King Institute of Preventive Medicine Micro-Biological Section reports 1909-11
Year: 1909
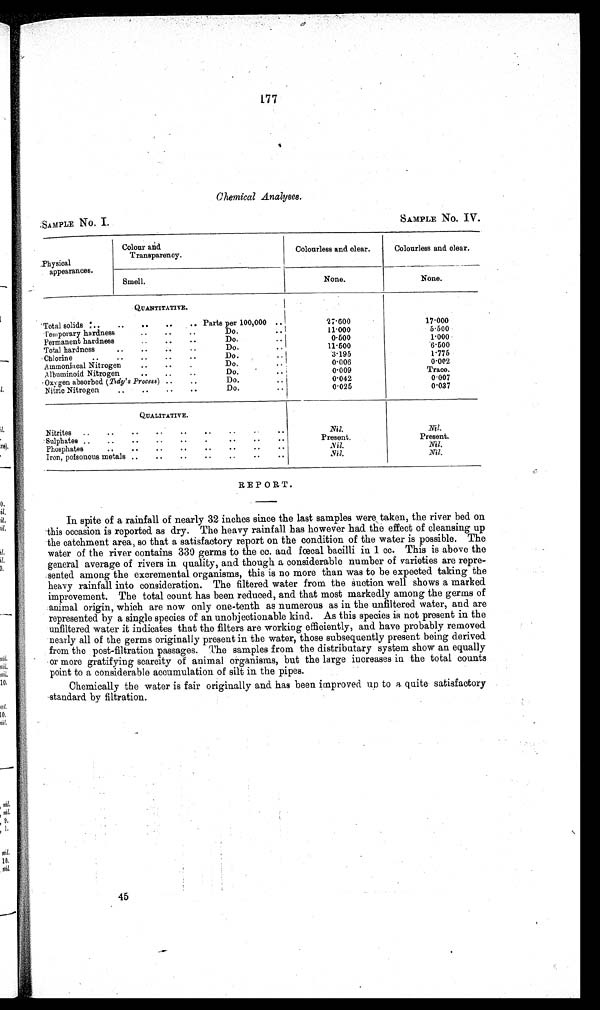
177
Chemical Analyses.
,SAMPLE NO. I.
SAMPLE NO. IV
Physical
a pp earances.
Colour and
Transparency.
Colourless and clear.
Colourless and clear.
Smell.
None.
None.
QUANTITATIVE.
'Total solids ' r ..
..
..
..
.. Parts per 100,000 ..
27-600
17.000
..
..
l'emporary hardness
..
..
11-000
5 500
Permanent hardness
..
. . ..
Do.
..
1.000
• •
• •
Total hardness
• •
..
Do
11.500
6.500
'Chlorine
..
..
..
..
..
Do.
.
3.195
1.775
Ammoniacal Nitrogen
..
• •
•
Do.
0.006
0.002
. .
• •
A lbuminoid Nitrogen
..
'
0.009
Trace.
'Ox y gen absorbed (Tidy's Process) ..
..
Do.
0.042
0.007
Nitric Nitrogen
..
..
..
..
Do.
0.025
0.037
QUALITATIVE.
Nitrites
..
..
..
. ,
..
..
..
• .
Nil.
Al.
Sulphates ..
..
..
..
..
.
..
..
..
Present.
Present.
Phosphates
.. ..
• •
. .
. .
• •
..
• •
Nil .
Nil.
Iron, poisonous metals ..
..
..
..
..
..
..
,Nil.
Nil.
REPORT.
In spite of a rainfall of nearly 32 inches since the last samples were , taken, the river bed on
this occasion is reported. as dry. The heavy rainfall has however had the effect of cleansing up
the catchment area, so that a satisfactory report on the condition of the water is possible. The
water of the river contains 330 germs to the cc. and foecal bacilli in 1 cc. This is above the
general average of rivers in quality, and though a considerable number of varieties are repre-
sented among the excremental organisms, this is no more than was to be expected taking the
heavy rainfall into consideration. The filtered water from the suction well shows a marked
improvement. The total count has been reduced, and that most markedly among the germs of
animal origin, which are now only one-tenth as numerous as in the unfiltered water, and are
represented by a single species of an unobjectionable kind. As this species is not present in the
unfiltered water it indicates that the filters are working efficiently, and have probably removed
nearly all of the germs originally present in the water, those subsequently present being derived.
from the post-filtration passages. The samples from the distributary system show an equally
' or more gratifying scarcity of animal organisms, but the large increases in the total counts
point to a considerable accumulation of silt in the pipes.
Chemically the water is fair originally and has been improved up to a quite satisfactory
standard by filtration.